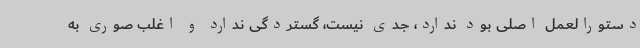
دستورالعمل اصلی بود ندارد، جدی نیست، گستردگی ندارد و اغلب صوری به